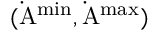
\mathrm { ( \dot { A } ^ { m i n } , \dot { A } ^ { m a x } ) }